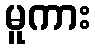
မူကား